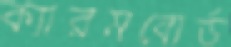
ক্যারমবোর্ড